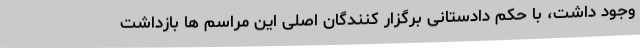
وجود داشت، با حکم دادستانی برگزار کنندگان اصلی این مراسم ها بازداشت